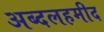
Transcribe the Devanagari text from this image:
अब्दलहमीद